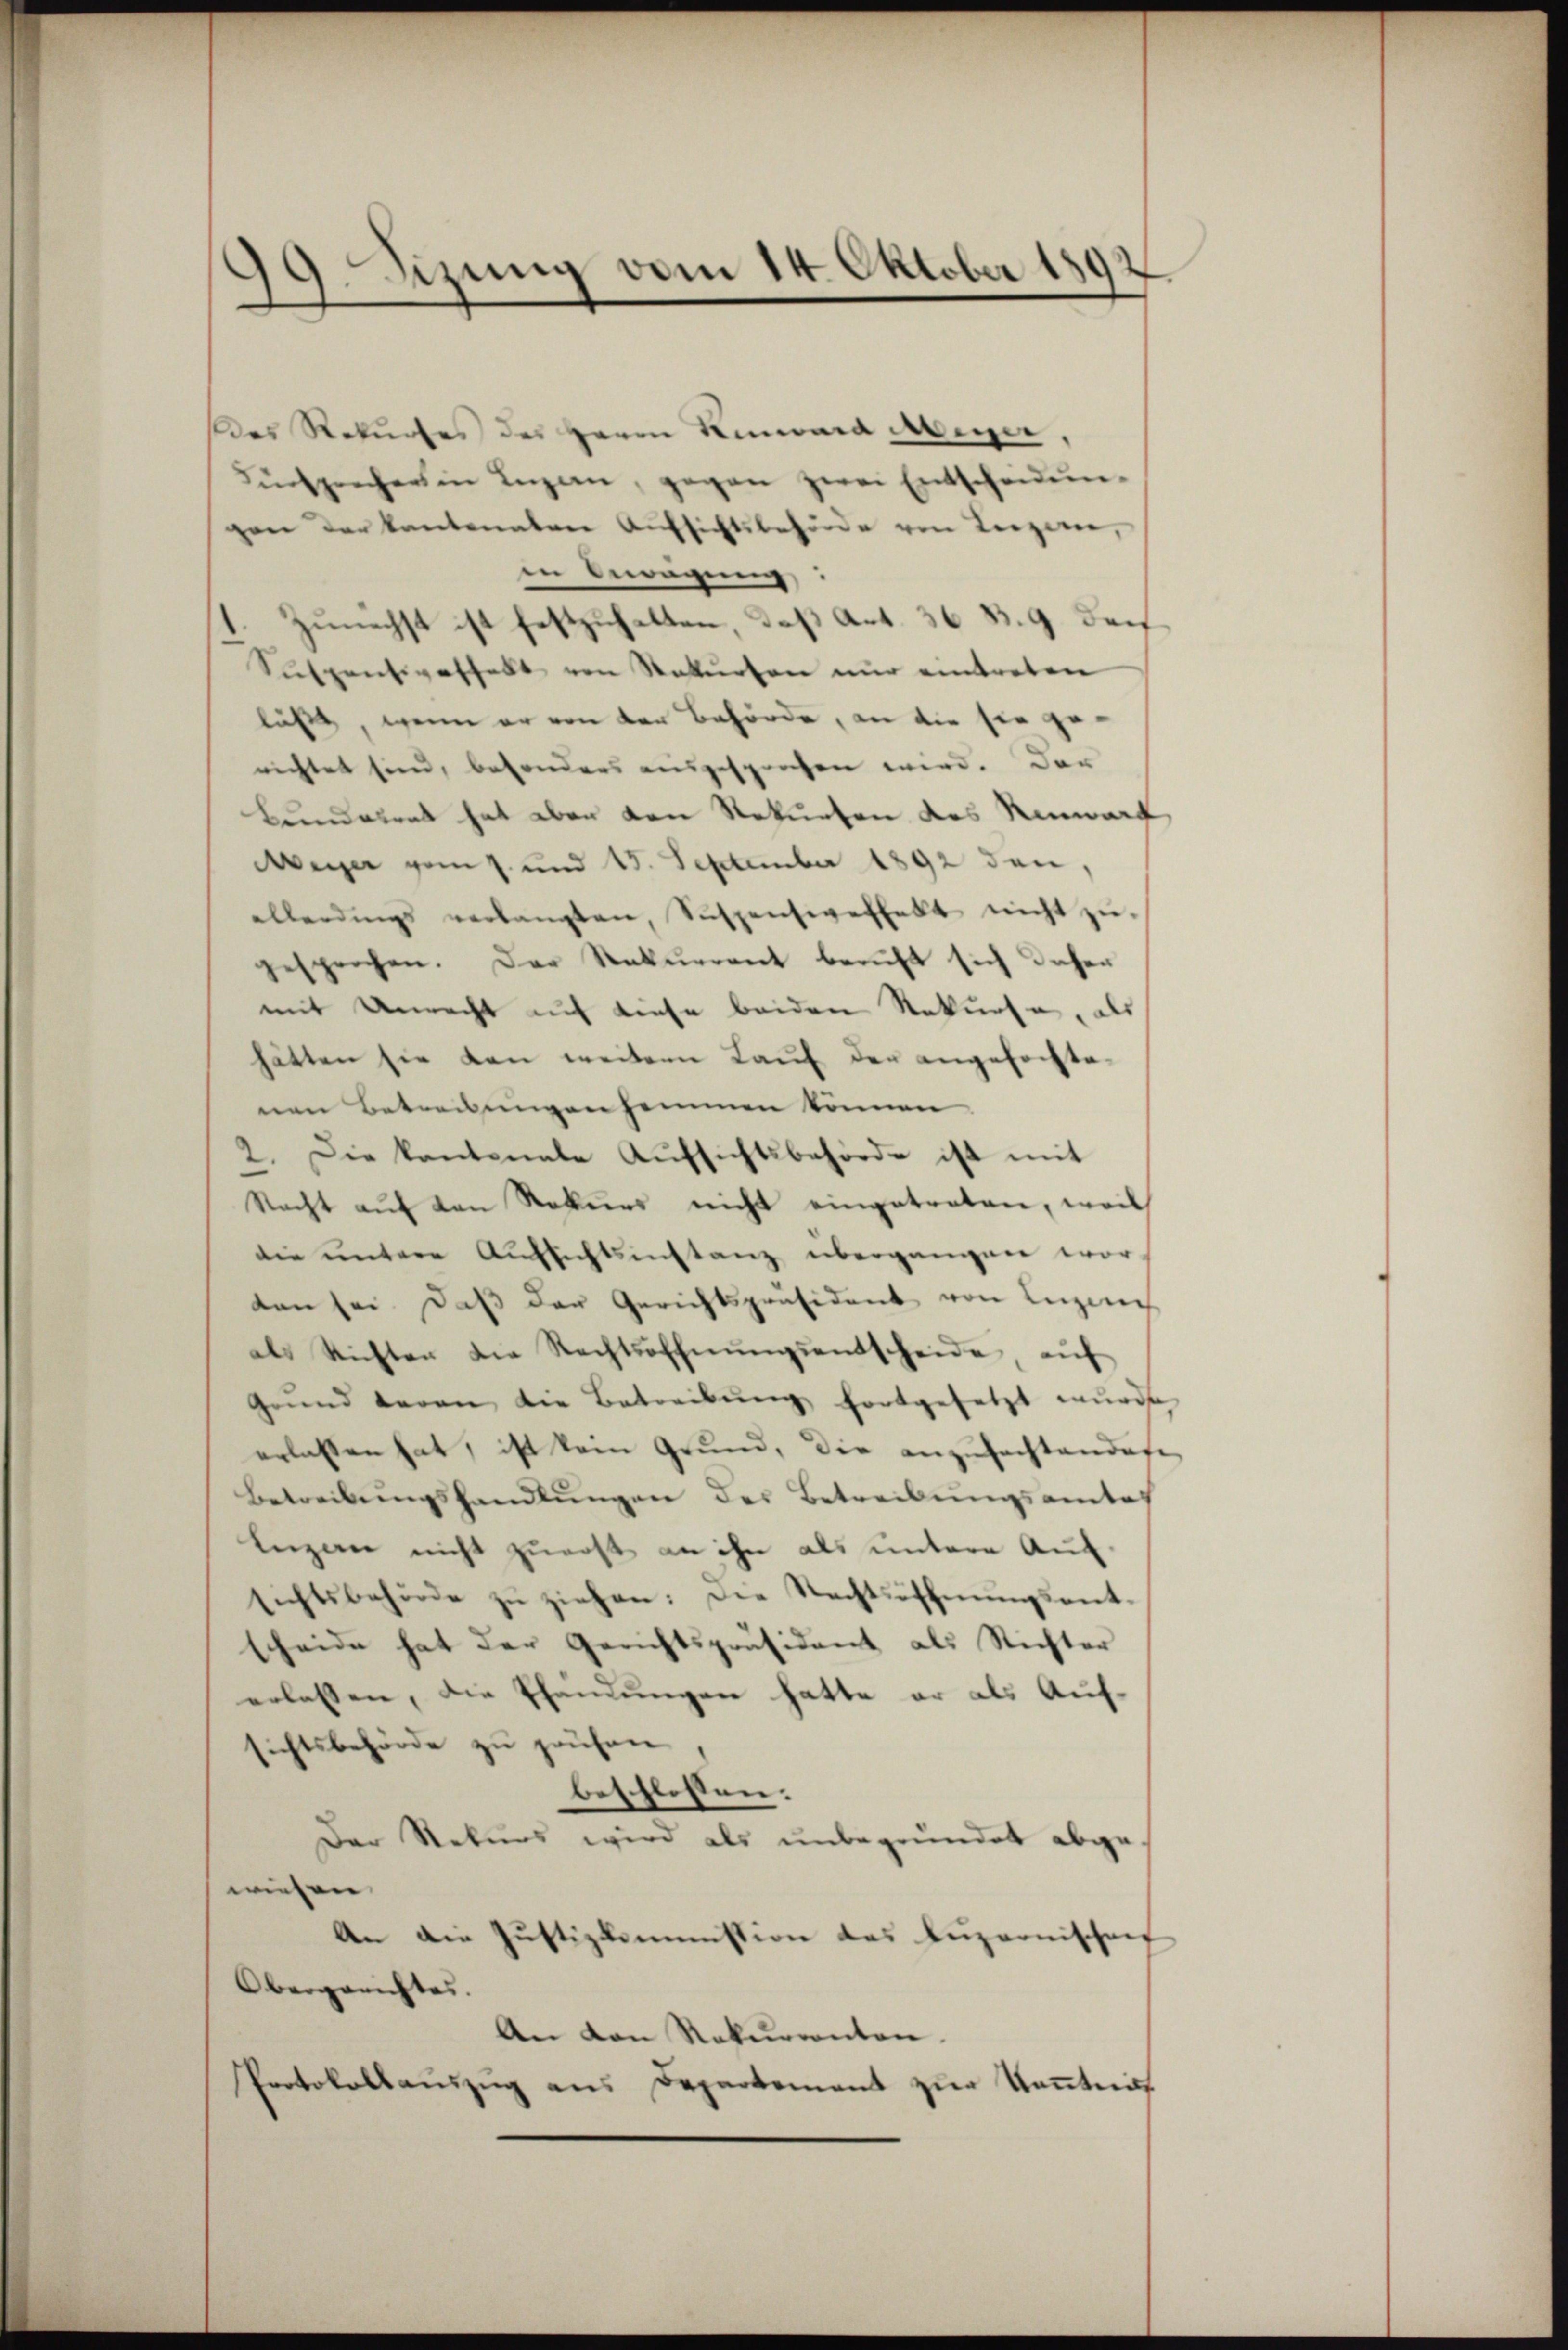
Der Rekurses des Herrn Kiwara Meyer
Fürsprecher in Ingen, gegen zwei Entscheidŭn-
gen der kantonaten Aufsichtsbehörde von Reizern,
in Anregung,
1. Zunächst ist festzuhalten, daß Art. 36 S. 9 der
Suspensiveshalt von Rekursen nur eintreten
läßt, wenn er von der Behörde, an die sie gerichtet sind, besonders ausgesprochen wird. Der
Bunderrat hat aber den Rekurren des Remark
Meier vom 7. und 15. September 1892 den,
allerdings verlangten, Suspensiverhalt nicht zŭ-
gesprochen. Der Rekurrent beruft sich daher
mit Unrecht auf diese beiden Rekurse, als
hätten sie dan weitern Lauf der angefochte-
nen Betreibungen hommmen können
2. Die kantonale Aŭfsichtsbehörde ist mit
Nacht aŭf den Rekurs nicht eingetreten, weil
die untere Aufsichtsinstanz übergangen wor-
ten sei. Daß der Gerichtspräsident von Luzern
als Stichten die Rechtsoffnŭngsentscheide, aŭf
Grund daran die Betreibŭng fortgesetzt wurde
erlassen hat, ist kein Grund, die anzufechtendes
Betreibungshandlungen des Betreibungsamtes
Lizen nicht zuerst an ihn als untere Auf-
sichtsbehörde zŭ ziehen: Die Rechtsoffnŭngsent-
scheide hat der Gerichtspräsident als Richter
erlassen, die Pfandungen hatte er als Aufrichtsbehörde zu prüfen
beschlossen:
Der Rekurs wird als unbegründet abgewiesen
An die Justizkommission des Luzernischen
Obergerichtes.
An den Rekurrenten.
Protokollaŭszŭg ans Departement zŭr Keṅtnis

99. Sizung vom 14. Oktober 189